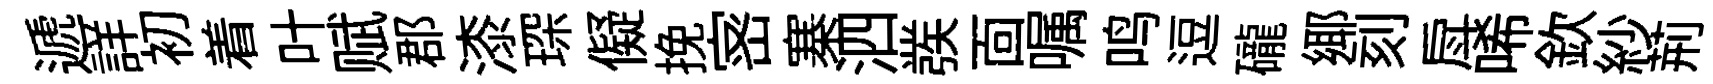
遞詳初着叶赋郡漆琛儗挽宻寨泗彂靣嘱鸣逗礲鄊刻戽唏欽紗荊